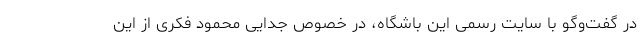
در گفت‌وگو با سایت رسمی این باشگاه، در خصوص جدایی محمود فکری از این